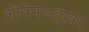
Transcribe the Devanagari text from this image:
शोपेन७हावर